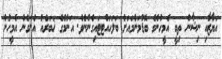
އަޔާޒާއި ނިޝާން ތިބީ އެމީހުންގެ ބޮޑުމަންމައަށް ބަލަހައްޓޓައިގެންނެވެ. އަނުމްގެ ޚަބަރެއް އެނގެން އެމީހުން